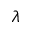
\lambda